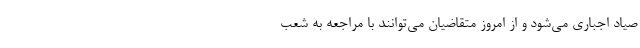
صیاد اجباری می‌شود و از امروز متقاضیان می‌توانند با مراجعه به شعب